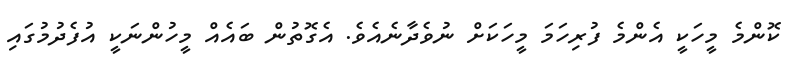
ކޮންމެ މީހަކީ އެންމެ ފުރިހަމަ މީހަކަށް ނުވެދާނެއެވެ. އެގޮތުން ބައެއް މީހުންނަކީ އުފެދުމުގައި